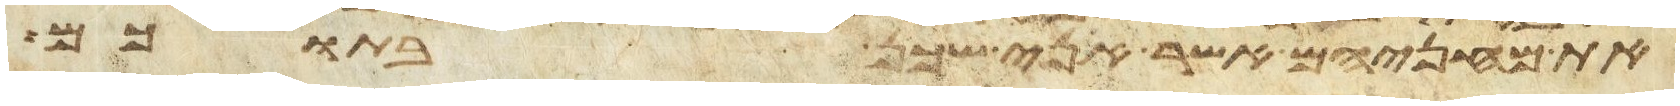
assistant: את מחניהם אשר אני שכן בתוכם